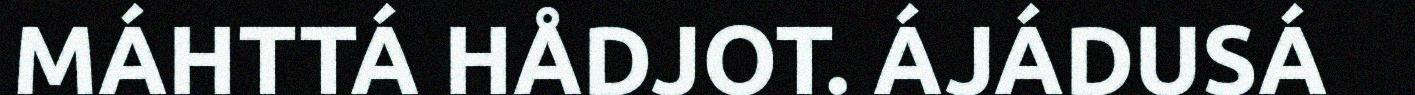
MÁHTTÁ HÅDJOT. ÁJÁDUSÁ